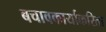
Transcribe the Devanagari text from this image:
बचावकार्याकरिता